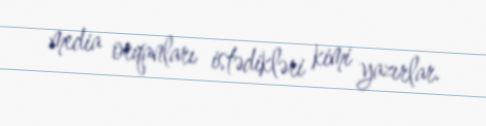
media orqanları istədikləri kimi yazırlar.